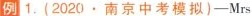
例 1.(2020.南京中考模拟)-Mrs